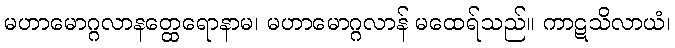
မဟာမောဂ္ဂလာနတ္ထေရောနာမ၊ မဟာမောဂ္ဂလာန် မထေရ်သည်။ ကာဋသိလာယံ၊